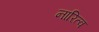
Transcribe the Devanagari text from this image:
नारित्व